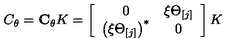
C _ { \theta } = { \bf C } _ { \theta } K = \left[ \begin{array} { c c } { 0 } & { \xi \Theta _ { [ j ] } } \\ { \left( \xi \Theta _ { [ j ] } \right) ^ { \ast } } & { 0 } \\ \end{array} \right] K